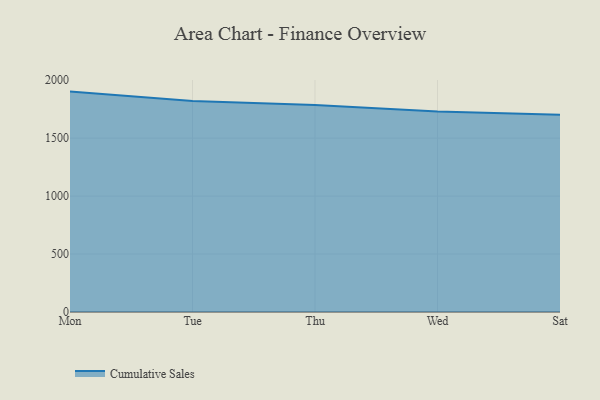
{"axis": {"x": "Day", "y": "Population (Million)"}, "legend": ["Cumulative Sales"], "data": [{"x": "Mon", "y": 1901.1, "type": "Cumulative Sales"}, {"x": "Tue", "y": 1820.3, "type": "Cumulative Sales"}, {"x": "Thu", "y": 1785.4, "type": "Cumulative Sales"}, {"x": "Wed", "y": 1729.7, "type": "Cumulative Sales"}, {"x": "Sat", "y": 1701.8, "type": "Cumulative Sales"}]}